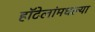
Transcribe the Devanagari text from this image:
हॉटेलांमधल्या